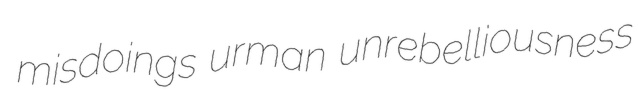
misdoings urman unrebelliousness